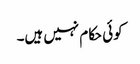
کوئی حکام نہیں ہیں۔